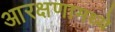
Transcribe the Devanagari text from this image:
आरक्षणामध्ये